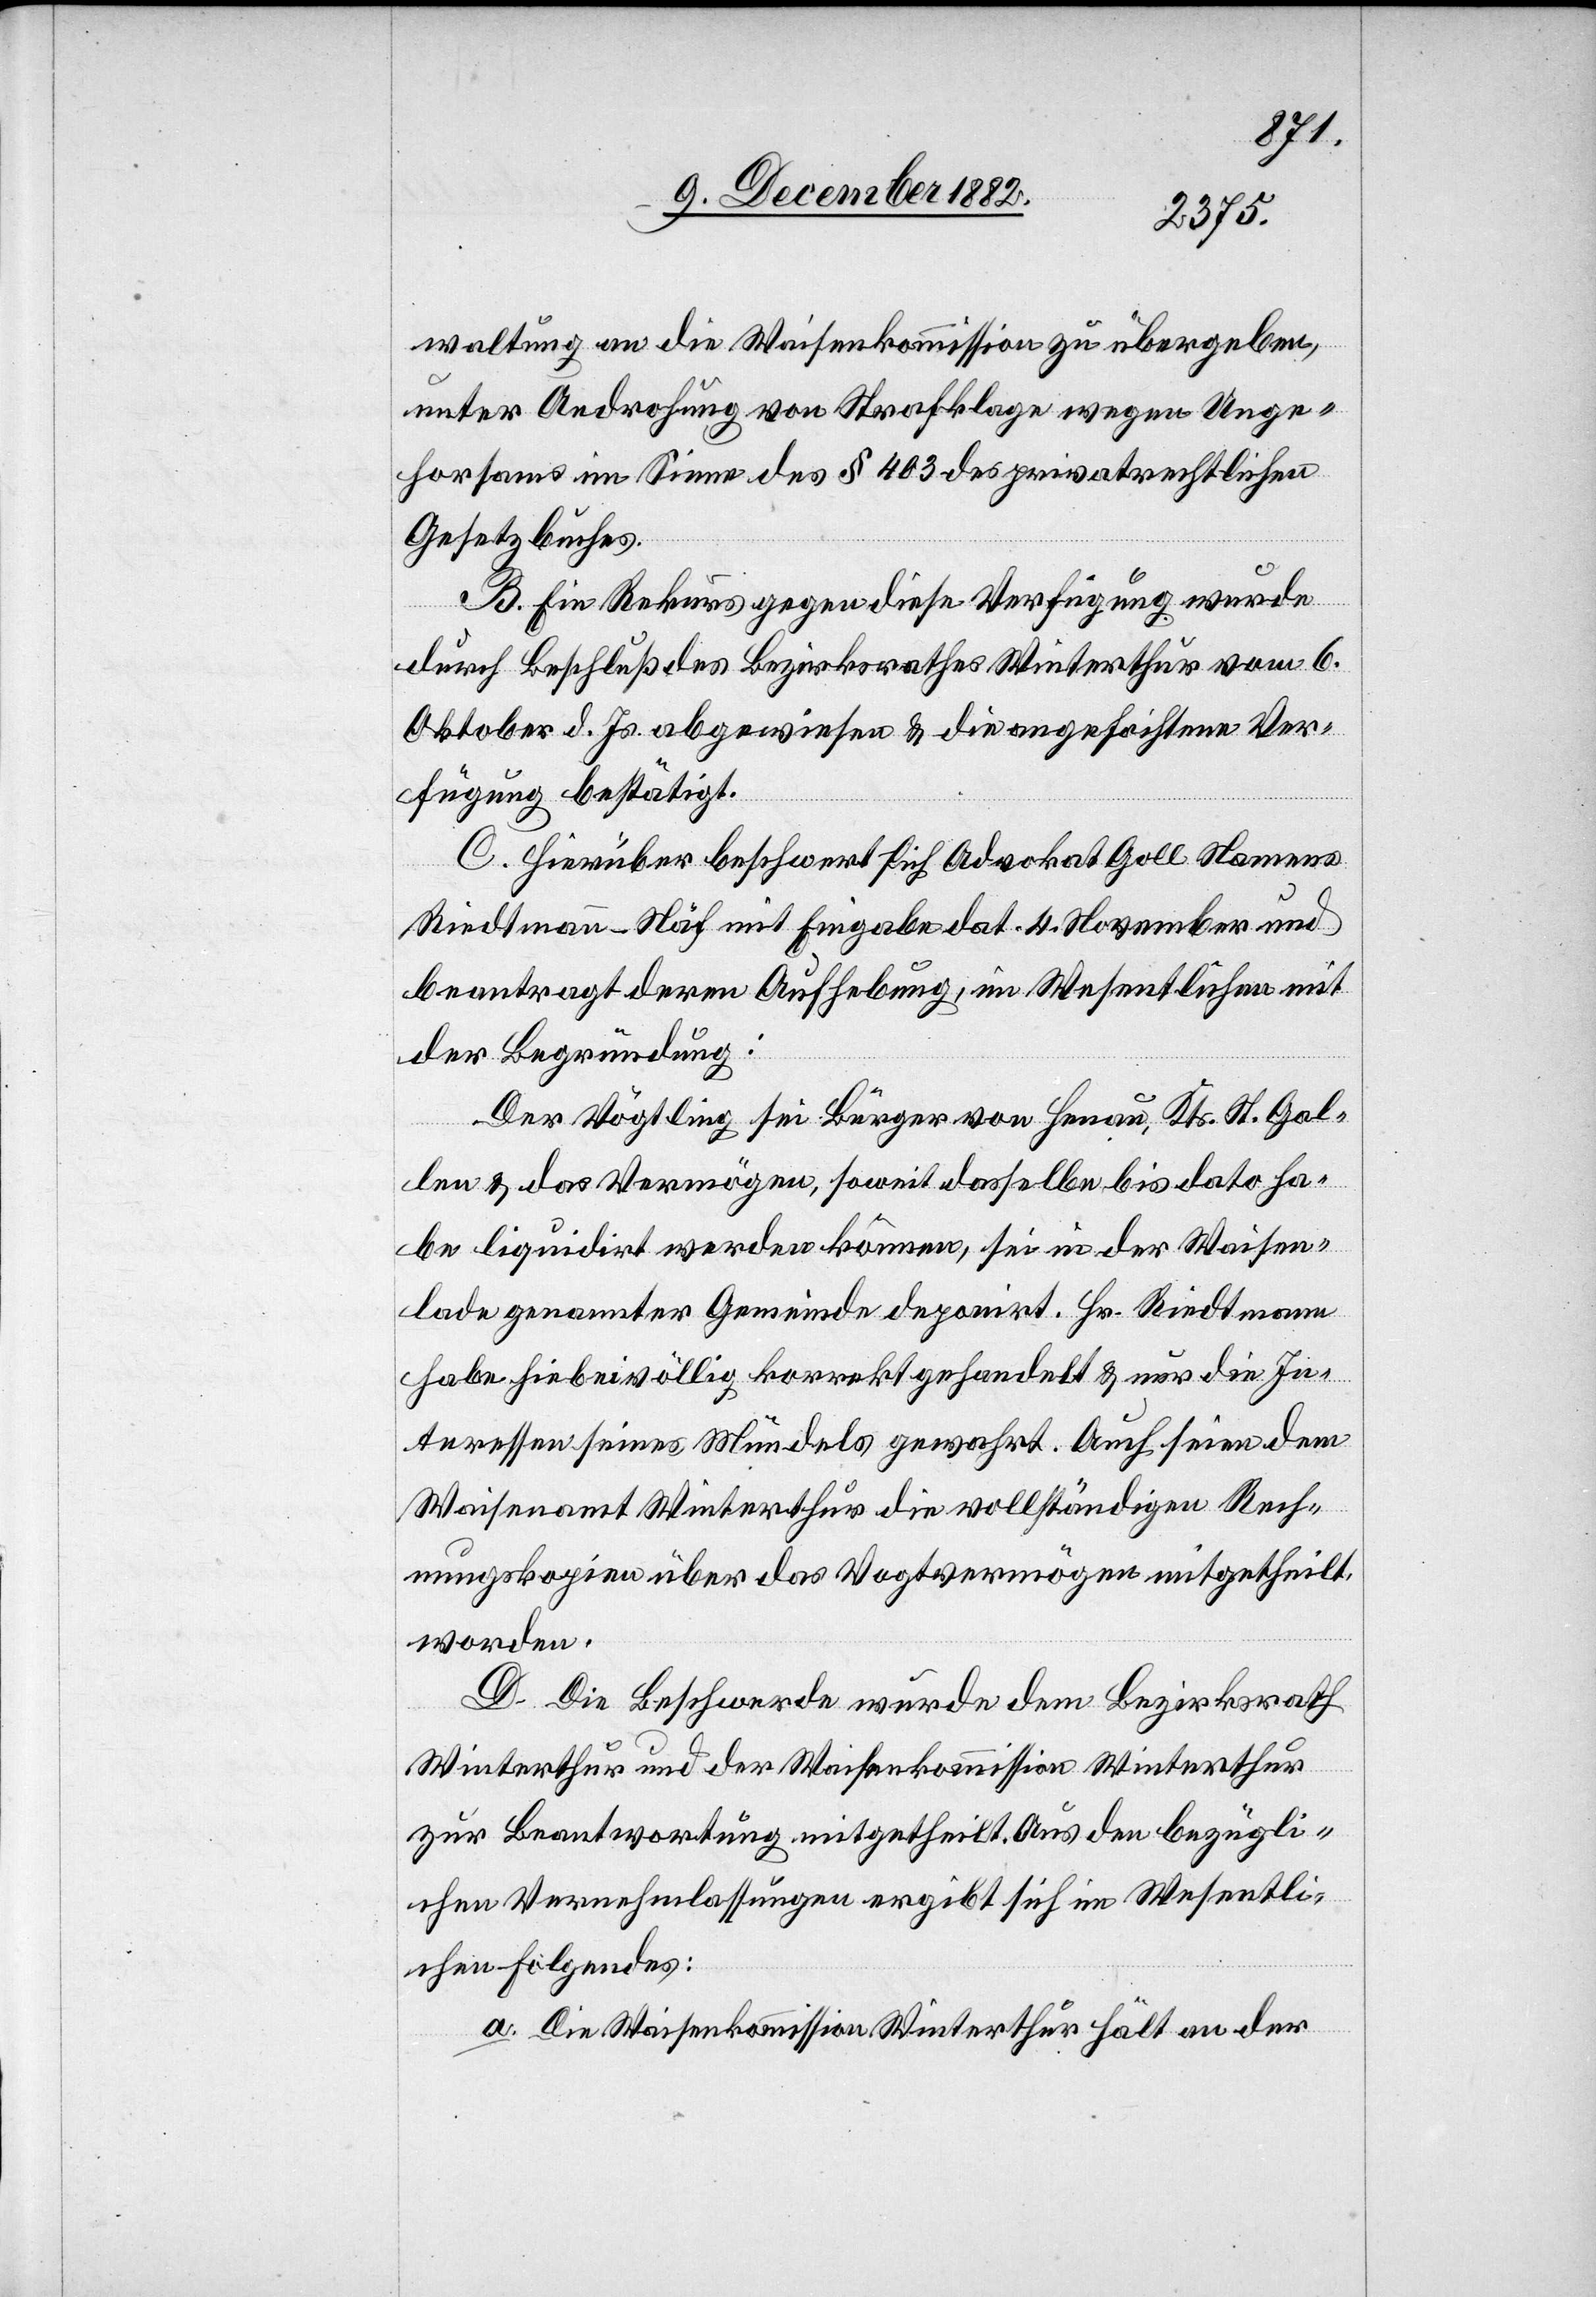
waltung an die Waisenkommission zu übergeben,
der Androhung von Strafklage wegen Unge¬
horsams im Sinne des § 403 des privatrechtlichen
Gesetzbuches.
B. Ein Rekurs gegen diese Verfügung wurde
durch Beschluß des Bezirksrathes Winterthur vom 6.
Oktober d. Js. abgewiesen & die angefochtene Ver¬
fügung bestätigt.
C. Hierüber beschwert sich Advokat Goll Namens
Riedtmann-Näf mit Eingabe dat. 4. November und
beantragt deren Aufhebung, im Wesentlichen mit
der Begründung:
Der Vögtling sei Bürger von Henau, Kts. St. Gal¬
len & das Vermögen, soweit dasselbe bis dato ha¬
be liquidirt werden können, sei in der Waisen¬
lade genannter Gemeinde deponirt. Hr. Riedtmann
habe hiebei völlig korrekt gehandelt & nur die In¬
teressen seines Mündels gewahrt. Auch seien dem
Waisenamt Winterthur die vollständigen Rech¬
nungskopien über das Vogtvermögen mitgetheilt
worden.
D. Die Beschwerde wurde dem Bezirksrath
Winterthur und der Waisenkommission Winterthur
zur Beantwortung mitgetheilt. Aus den bezügli¬
chen Vernehmlassungen ergibt sich im Wesentli¬
chen Folgendes:
a. Die Waisenkommission Winterthur hält an der